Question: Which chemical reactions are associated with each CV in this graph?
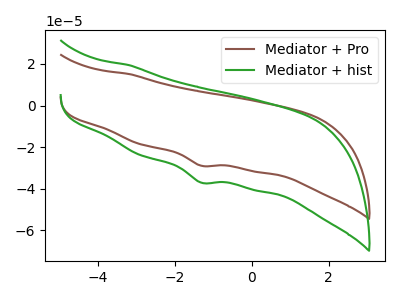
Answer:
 <answer>The brown curve is labeled "Mediator + Pro". The green curve is labeled "Mediator + hist".</answer>
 <eval></eval>